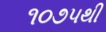
૧૦૭૫થી